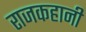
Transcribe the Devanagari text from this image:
राजकहानी